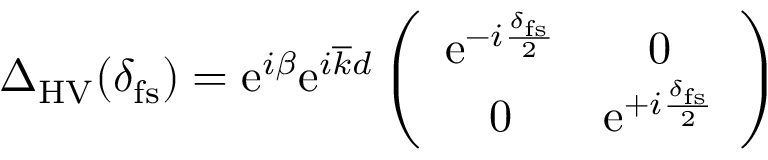
\begin{array} { r } { \Delta _ { \mathrm { H V } } ( \delta _ { \mathrm { f s } } ) = \mathrm { e } ^ { i \beta } \mathrm { e } ^ { i \overline { { k } } d } \left( \begin{array} { c c } { \mathrm { e } ^ { - i \frac { \delta _ { \mathrm { f s } } } { 2 } } } & { 0 } \\ { 0 } & { \mathrm { e } ^ { + i \frac { \delta _ { \mathrm { f s } } } { 2 } } } \end{array} \right) } \end{array}